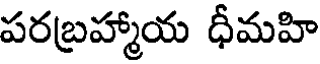
పరబ్రహ్మాయ ధీమహి